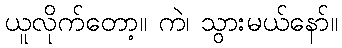
ယူလိုက်တော့။ ကဲ၊ သွားမယ်နော်။